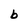
Character: b